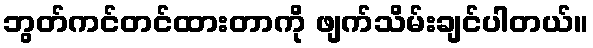
ဘွတ်ကင်တင်ထားတာကို ဖျက်သိမ်းချင်ပါတယ်။